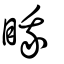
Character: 睋